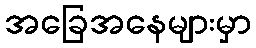
အခြေအနေများမှာ